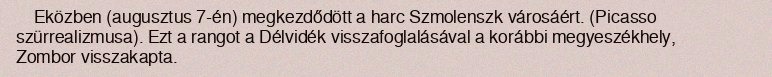
Eközben (augusztus 7-én) megkezdődött a harc Szmolenszk városáért. (Picasso szürrealizmusa). Ezt a rangot a Délvidék visszafoglalásával a korábbi megyeszékhely, Zombor visszakapta.